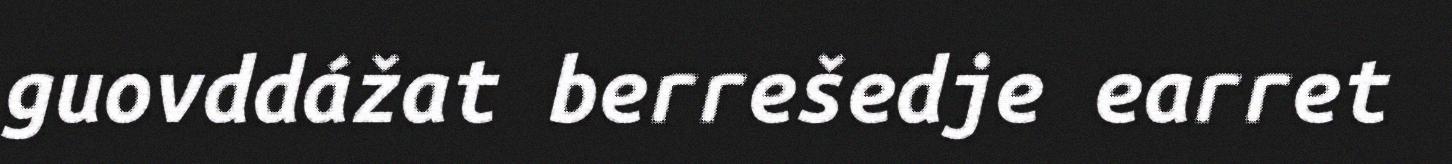
guovddážat berrešedje earret